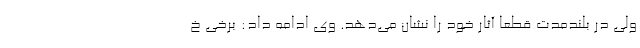
ولی در بلندمدت قطعا آثار خود را نشان می‌دهد. وی ادامه داد: برخی خ